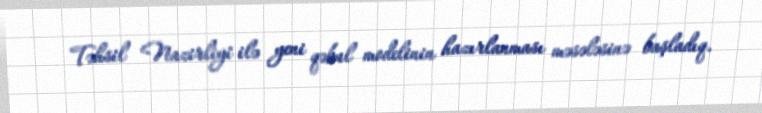
Təhsil Nazirliyi ilə yeni qəbul modelinin hazırlanması məsələsinə başladıq.